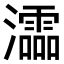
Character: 𤃩